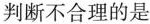
判断不合理的是